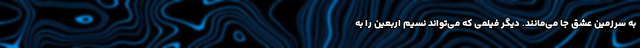
به سرزمین عشق جا می‌مانند. دیگر فیلمی که می‌تواند نسیم اربعین را به